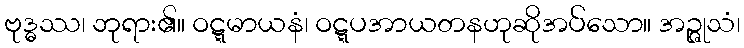
ဗုဒ္ဓဿ၊ ဘုရား၏။ ဝဋ္ဋမာယနံ၊ ဝဋ္ဋပအာယတနဟုဆိုအပ်သော။ အဉ္ဇုသံ၊